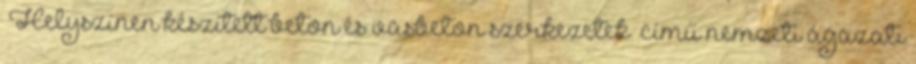
„Helyszínen készített beton és vasbeton szerkezetek” című nemzeti ágazati